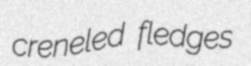
creneled fledges